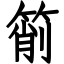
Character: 箾